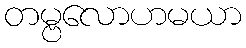
တမ္ဗလောဟမယာ